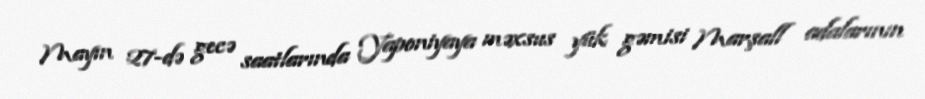
Mayın 27-də gecə saatlarında Yaponiyaya məxsus yük gəmisi Marşall adalarının